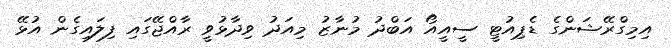
އިމިގްރޭޝަންގެ ޑެޕިއުޓީ ސީއީއޯ އަބްދު މުނާޒު މިއަދު ވިދާޅުވީ ރާއްޖޭގައި ފިލައިގެން އުޅޭ